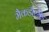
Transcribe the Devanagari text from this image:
मैकडौरमेंड